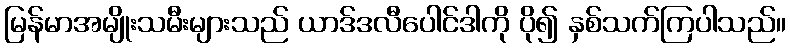
မြန်မာအမျိုးသမီးများသည် ယာဒ်ဒလီပေါင်ဒါကို ပို၍ နှစ်သက်ကြပါသည်။